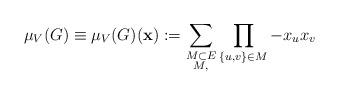
LaTeX: \begin{align*}\mu_V(G) \equiv \mu_V(G)(\mathbf{x}) := \sum_{\substack{M \subset E \\ M, }} \prod_{\{u,v\} \in M} -x_ux_v\end{align*}